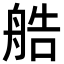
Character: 艁